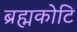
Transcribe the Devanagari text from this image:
ब्रह्मकोटि